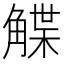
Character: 䚢